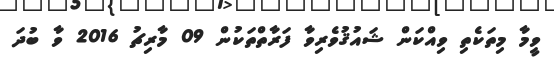
ވީމާ މިތަކެތި ވިއްކަން ޝައުޤުވެރިވާ ފަރާތްތަކުން 09 މާރިޗު 2016 ވާ ބުދަ